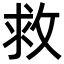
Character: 救